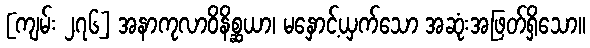
[ကျမ်း ၂၇၆] အနာကုလာဝိနိစ္ဆယာ၊ မနှောင့်ယှက်သော အဆုံးအဖြတ်ရှိသော။